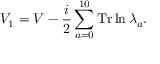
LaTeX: V _ { 1 } = V - { \frac { i } { 2 } } \sum _ { a = 0 } ^ { 1 0 } \mathrm { T r } \ln \lambda _ { a } .